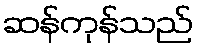
ဆန်ကုန်သည်